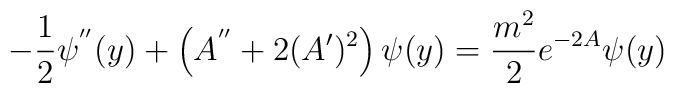
-\frac{1}{2}\psi^{''}(y)+\left(A^{''}+2(A')^2\right)\psi(y)=\frac{m^2}{2}e^{-2A}\psi(y)